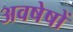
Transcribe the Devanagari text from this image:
अवषेषों